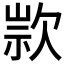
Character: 𣣗